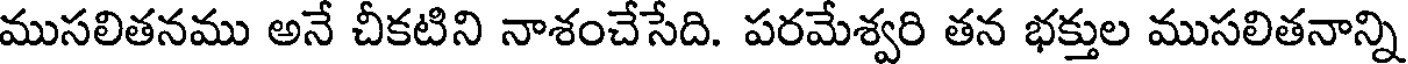
ముసలితనము అనే చీకటిని నాశంచేసేది. పరమేశ్వరి తన భక్తుల ముసలితనాన్ని